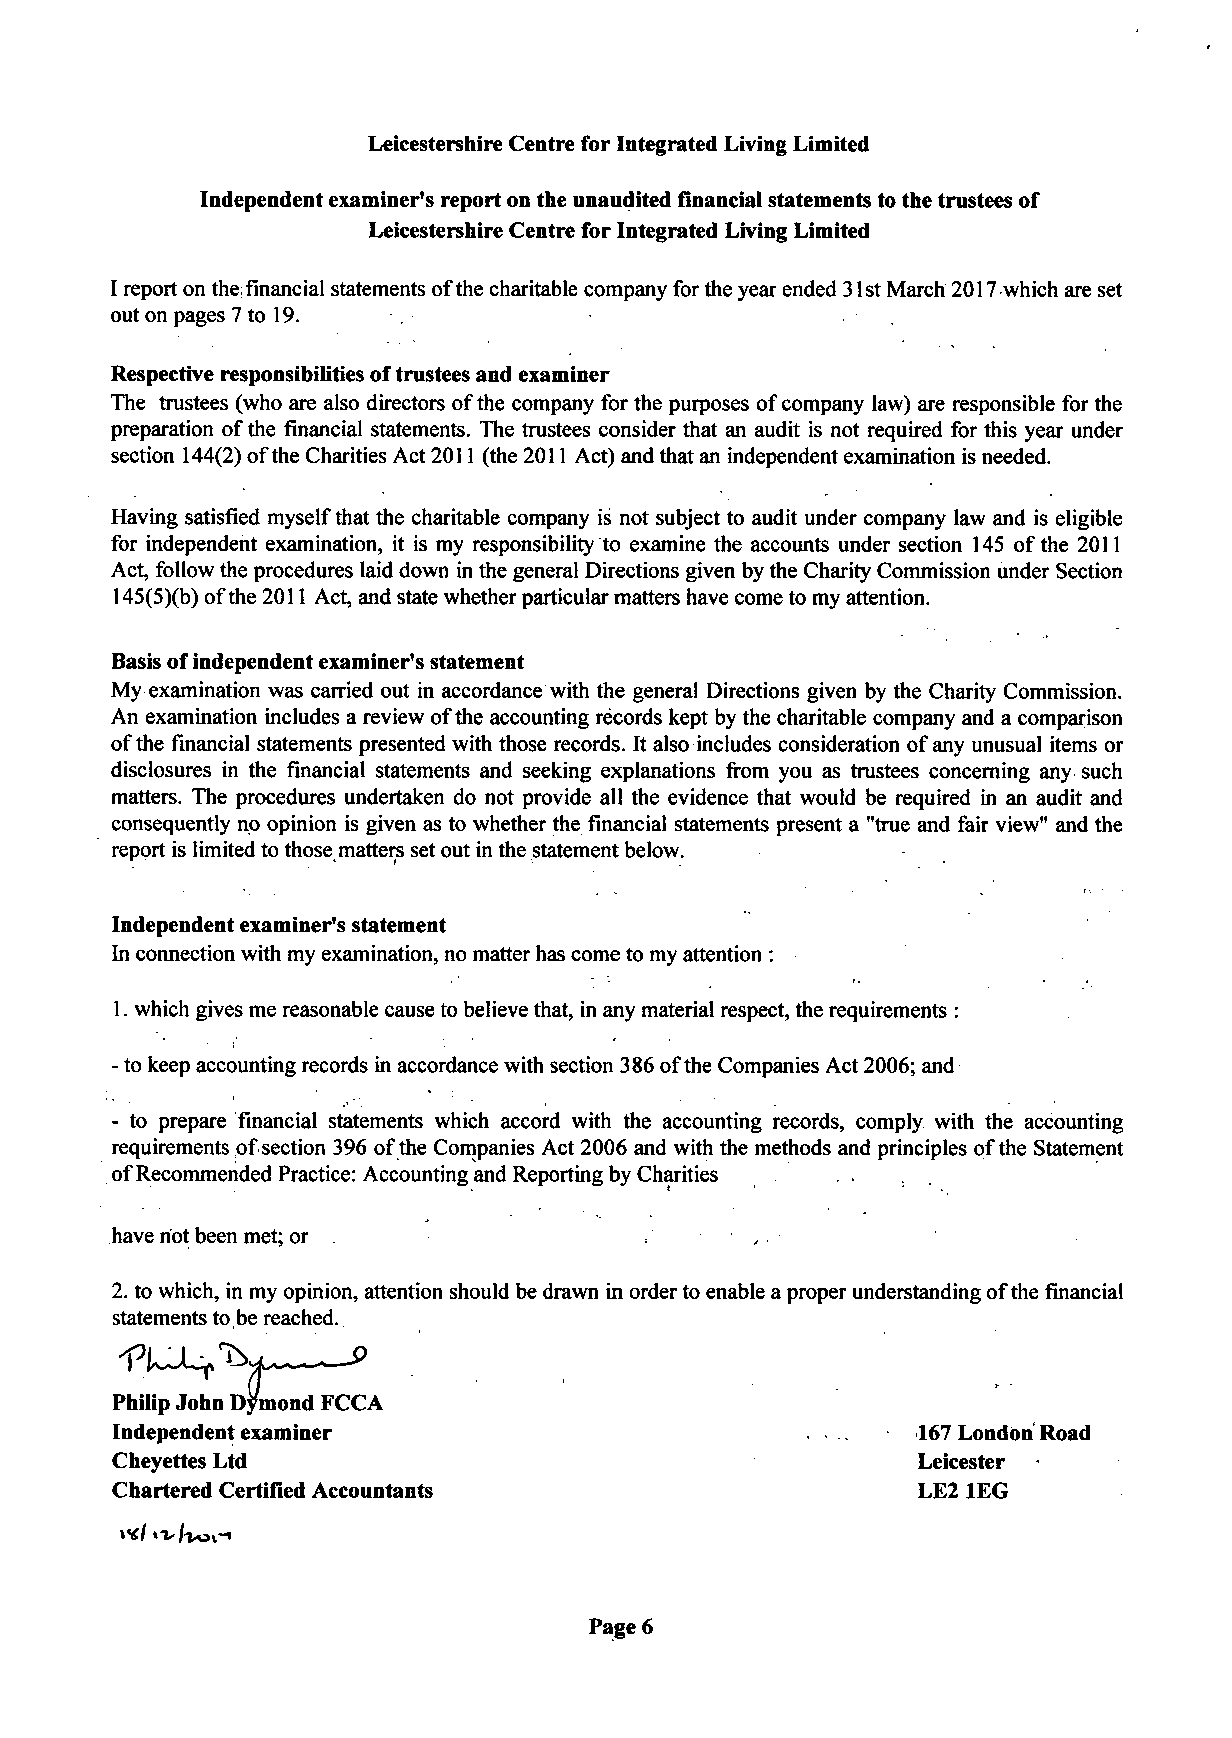
Leicestershire Centre for Integrated Living Limited
 Independent examiner's report on the unaudited financial statements to the trustees of
 Leicestershire Centre for Integrated Living Limited
 I report on the; financial statements of the charitable company for the year ended 31 st March 2017 which are set
 out on pages 7 to 19.
 Respective responsibilities of trustees and examiner
 The trustees (who are also directors of the company for the purposes of company law) are responsible for the
 preparation of the financial statements. The trustees consider that an audit is not required for this year under
 section 144(2) of the Charities Act 2011 (the 2011 Act) and that an independent examination is needed.
 Having satisfied myself that the charitable company is not subject to audit under company law and is eligible
 for independent examination, it is my responsibility to examine the accounts under section 145 of the 2011
 Act, follow the procedures laid down in the general Directions given by the Charity Commission under Section
 145(5)(b) of the 2011 Act, and state whether particular matters have come to my attention.
 Basis of independent examiner's statement
 My examination was carried out in accordance with the general Directions given by the Charity Commission.
 An examination includes a review of the accounting records kept by the charitable company and a comparison
 ofthe financial statements presented with those records. It also includes consideration of any unusual items or
 disclosures in the financial statements and seeking explanations from you as trustees concerning any such
 matters. The procedures undertaken do not provide all the evidence that would be required in an audit and
 consequently no opinion is given as to whether the financial statements present a "true and fair view" and the
 report is limited to those matters set out in the statement below.
 Independent examiner's statement
 In connection with my examination, no matter has come to my attention :
 1. which gives me reasonable cause to believe that, in any material respect, the requirements :
 - to keep accounting records in accordance with section 386 of the Companies Act 2006; and
 - to prepare financial statements which accord with the accounting records, comply with the accounting
 requirements of section 396 of the Companies Act 2006 and with the methods and principles of the Statement
 of Recommended Practice: Accounting and Reporting by Charities
 have riot been met; or
 2. to which, in my opinion, attention should be drawn in order to enable a proper understanding of the financial
 statements to be reached.
 Philip John Dymond FCCA
 Independent examiner                                  167 London' Road
 Cheyettes Ltd                                         Leicester
 Chartered Certified Accountants                       LE21EG
 Page 6